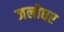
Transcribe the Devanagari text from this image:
जलोधर